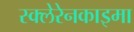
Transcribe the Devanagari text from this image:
स्क्लेरेनकाइमा